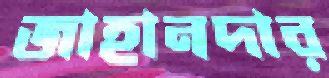
জাহানদার